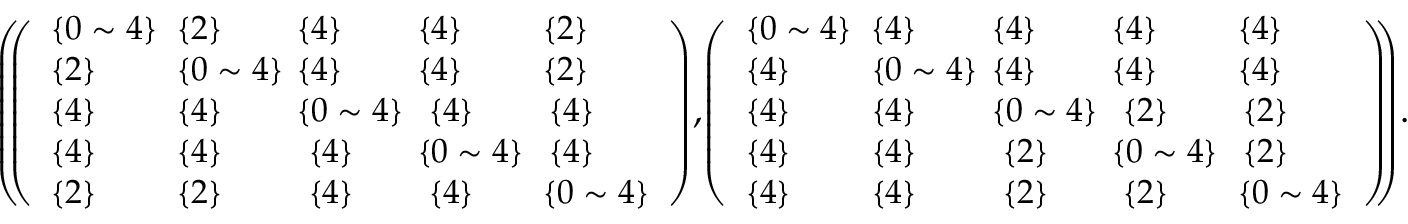
\begin{array} { r } { \small { \left( \! \! \left( \begin{array} { l l l l l } { \{ 0 \sim 4 \} \! } & { \! \! \{ 2 \} \! \! } & { \! \! \{ 4 \} \! \! } & { \! \! \{ 4 \} \! \! } & { \! \{ 2 \} } \\ { \{ 2 \} \! } & { \! \! \{ 0 \sim 4 \} \! \! } & { \! \! \{ 4 \} \! \! } & { \! \! \{ 4 \} \! \! } & { \! \{ 2 \} } \\ { \{ 4 \} \! } & { \! \! \{ 4 \} \! \! } & { \! \! \{ 0 \sim 4 \} \! \! } & { \{ 4 \} } & { \{ 4 \} } \\ { \{ 4 \} \! } & { \! \! \{ 4 \} \! \! } & { \{ 4 \} } & { \! \! \{ 0 \sim 4 \} \! \! } & { \{ 4 \} } \\ { \{ 2 \} \! } & { \! \! \{ 2 \} \! \! } & { \{ 4 \} } & { \{ 4 \} } & { \! \{ 0 \sim 4 \} } \end{array} \right) \! , \! \left( \begin{array} { l l l l l } { \{ 0 \sim 4 \} \! } & { \! \! \{ 4 \} \! \! } & { \! \! \{ 4 \} \! \! } & { \! \! \{ 4 \} \! \! } & { \! \{ 4 \} } \\ { \{ 4 \} \! } & { \! \! \{ 0 \sim 4 \} \! \! } & { \! \! \{ 4 \} \! \! } & { \! \! \{ 4 \} \! \! } & { \! \{ 4 \} } \\ { \{ 4 \} \! } & { \! \! \{ 4 \} \! \! } & { \! \! \{ 0 \sim 4 \} \! \! } & { \{ 2 \} } & { \{ 2 \} } \\ { \{ 4 \} \! } & { \! \! \{ 4 \} \! \! } & { \{ 2 \} } & { \! \! \{ 0 \sim 4 \} \! \! } & { \{ 2 \} } \\ { \{ 4 \} \! } & { \! \! \{ 4 \} \! \! } & { \{ 2 \} } & { \{ 2 \} } & { \! \{ 0 \sim 4 \} } \end{array} \right) \! \! \right) \! . } } \end{array}